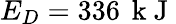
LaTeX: E_{D}=336\, \mathrm{~k~J~}